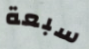
سبعة